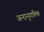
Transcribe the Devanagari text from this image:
अनानुगामिक